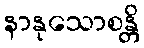
နာနုသောစန္တိ